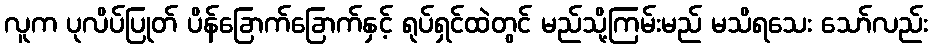
လူက ပုလိပ်ပြုတ် ပိန်ခြောက်ခြောက်နှင့် ရုပ်ရှင်ထဲတွင် မည်သို့ကြမ်းမည် မသိရသေး သော်လည်း